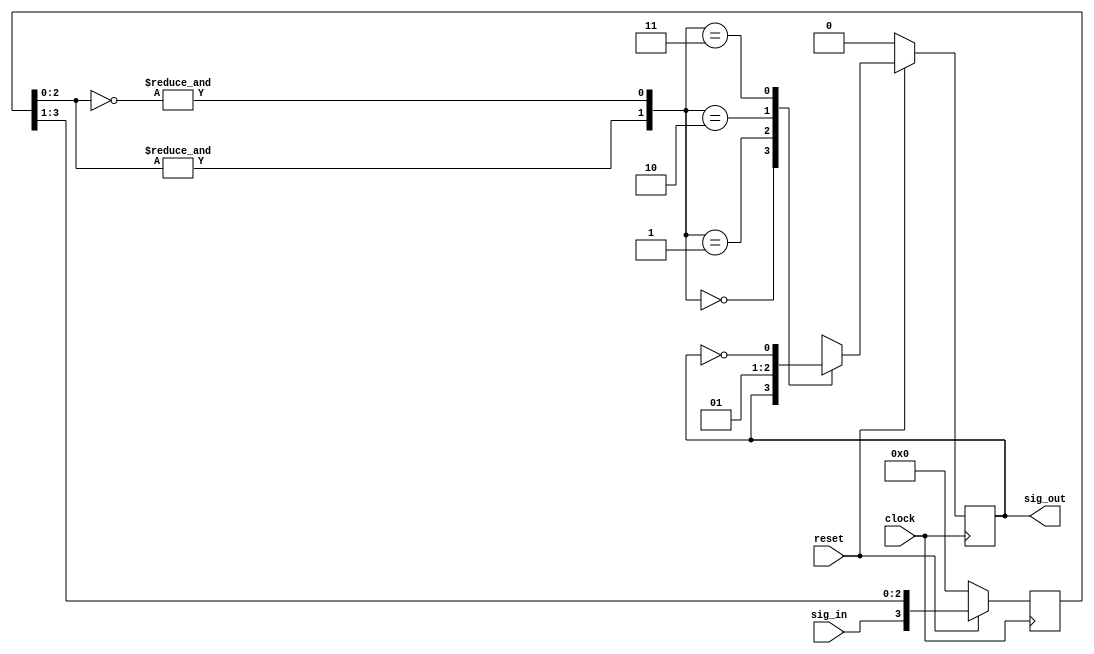

module filter(sig_out, clock, reset, sig_in);

    output reg sig_out;
    input clock, reset, sig_in;

    wire J, K;
    reg [1:4] D;

    assign J = &D[2:4];
    assign K = &(~D[2:4]);

    always @ ( posedge clock ) begin
        if (!reset) D <= 4'b0;
        else begin
            D[1:4] <= {sig_in, D[1:3]};
        end
    end

    always @ ( posedge clock ) begin
        if (!reset) sig_out <= 1'b0;
        else begin
            case ({J, K})
                2'b00: sig_out <= sig_out;
                2'b01: sig_out <= 1'b0;
                2'b10: sig_out <= 1'b1;
                2'b11: sig_out <= ~sig_out;
                default: sig_out <= 1'bx;
            endcase
        end
    end

endmodule